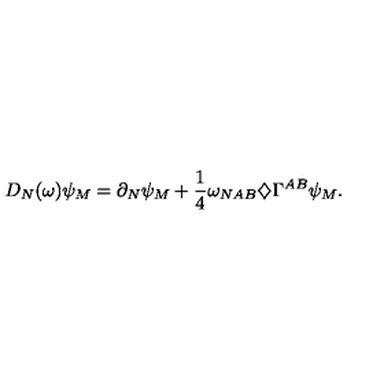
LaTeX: D _ { N } ( \omega ) \psi _ { M } = \partial _ { N } \psi _ { M } + \frac { 1 } { 4 } \omega _ { N A B } \diamondsuit \Gamma ^ { A B } \psi _ { M } .